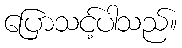
ပြောသင့်ပါသည်။